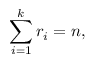
\sum _ { i = 1 } ^ { k } r _ { i } = n ,